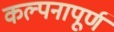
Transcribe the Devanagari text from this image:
कल्‍पनापूर्ण